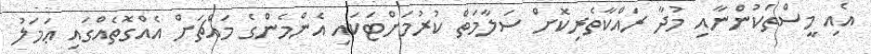
އެއި މީސްތަކުންނާއި މުދާ ރައްކާތެރިކޮށް ސަލާމަތް ކުރުމަށްޓަކައި އެންމެންގެ މައްޗަށް އެއްގޮތެއްގައި ޢަމަލު